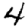
Digit: 4